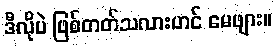
ဒီလိုပဲ ဖြစ်တတ်သလားဟင် မေဖျား။